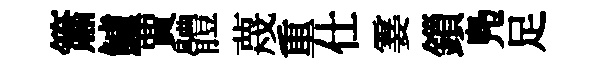
簫鱸賈體蔑重仕霎鎻鳬足